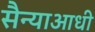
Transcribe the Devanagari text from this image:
सैन्याआधी